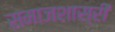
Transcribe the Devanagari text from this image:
समाजशास्री